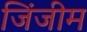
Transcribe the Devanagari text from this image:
जिंजीम